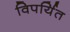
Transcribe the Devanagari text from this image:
विपर्यित